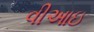
વીઆઇ